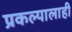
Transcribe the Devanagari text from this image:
प्रकल्पालाही